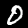
Digit: 0